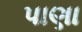
પાણા